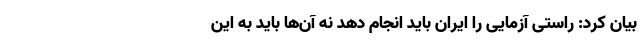
بیان کرد: راستی آزمایی را ایران باید انجام دهد نه آن‌ها باید به این